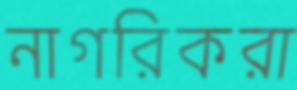
নাগরিকরা